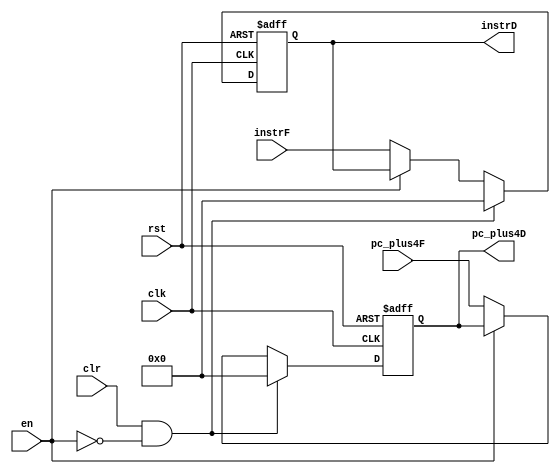
module fetch_pipe_reg (
    input wire          clk,
    input wire          rst,
    input wire          clr,
    input wire          en,
    input wire [31:0]   instrF,
    input wire [31:0]   pc_plus4F,
    output reg [31:0]   instrD,
    output reg [31:0]   pc_plus4D
);

always @(posedge clk or negedge rst)
begin
    if(!rst)
    begin
        instrD <= 'b0 ;
        pc_plus4D <= 'b0 ;
    end
    else if ((clr==1'b1) && !en)      //(clr && !en)
    begin
        instrD <= 'b0 ;
        pc_plus4D <= 'b0 ;
    end
    else if (!en)
    begin
        instrD <= instrF ;
        pc_plus4D <= pc_plus4F ;
    end
end

endmodule